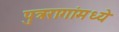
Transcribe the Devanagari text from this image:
पुत्ररागांमध्ये